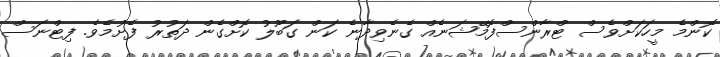
ކޮންމެ މީހަކަށްވެސް ޓްރާންސްފޮމޭޝަނެއް ގެނެވިދާނެ ކަން ގަބޫލު ކޮށްގެން ދަތުރު ފެށުމެވެ. ފިޓްނަސް